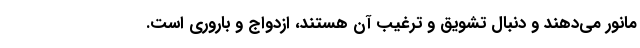
مانور می‌دهند و دنبال تشویق و ترغیب آن هستند، ازدواج و باروری است.